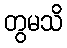
တွမသိ